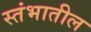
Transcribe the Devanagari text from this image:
स्तंभातील